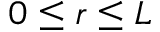
0 \le r \le L